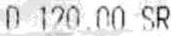
D 120.00 SR